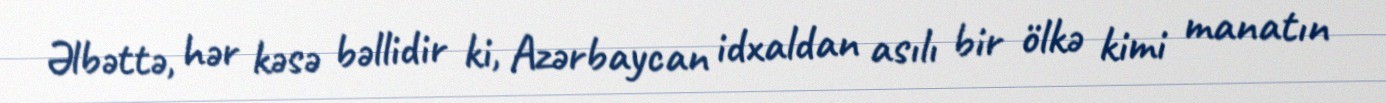
Əlbəttə, hər kəsə bəllidir ki, Azərbaycan idxaldan asılı bir ölkə kimi manatın